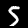
Label: 5